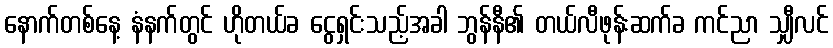
နောက်တစ်နေ့ နံနက်တွင် ဟိုတယ်ခ ငွေရှင်းသည့်အခါ ဘွန်နီ၏ တယ်လီဖုန်းဆက်ခ ကင်ညာ သျှီလင်